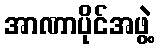
အာဏာပိုင်အဖွဲ့